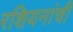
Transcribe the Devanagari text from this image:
रशियनांची